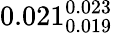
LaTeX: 0.021_{0.019}^{0.023}